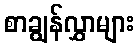
စာချွန်လွှာများ